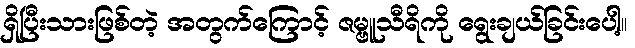
ရှိပြီးသားဖြစ်တဲ့ အတွက်ကြောင့် ဇမ္ဗူသီရိကို ရွေးချယ်ခြင်းပေါ့။